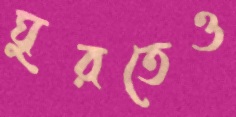
ঘুরতেও